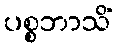
ပစ္စဘာသိံ